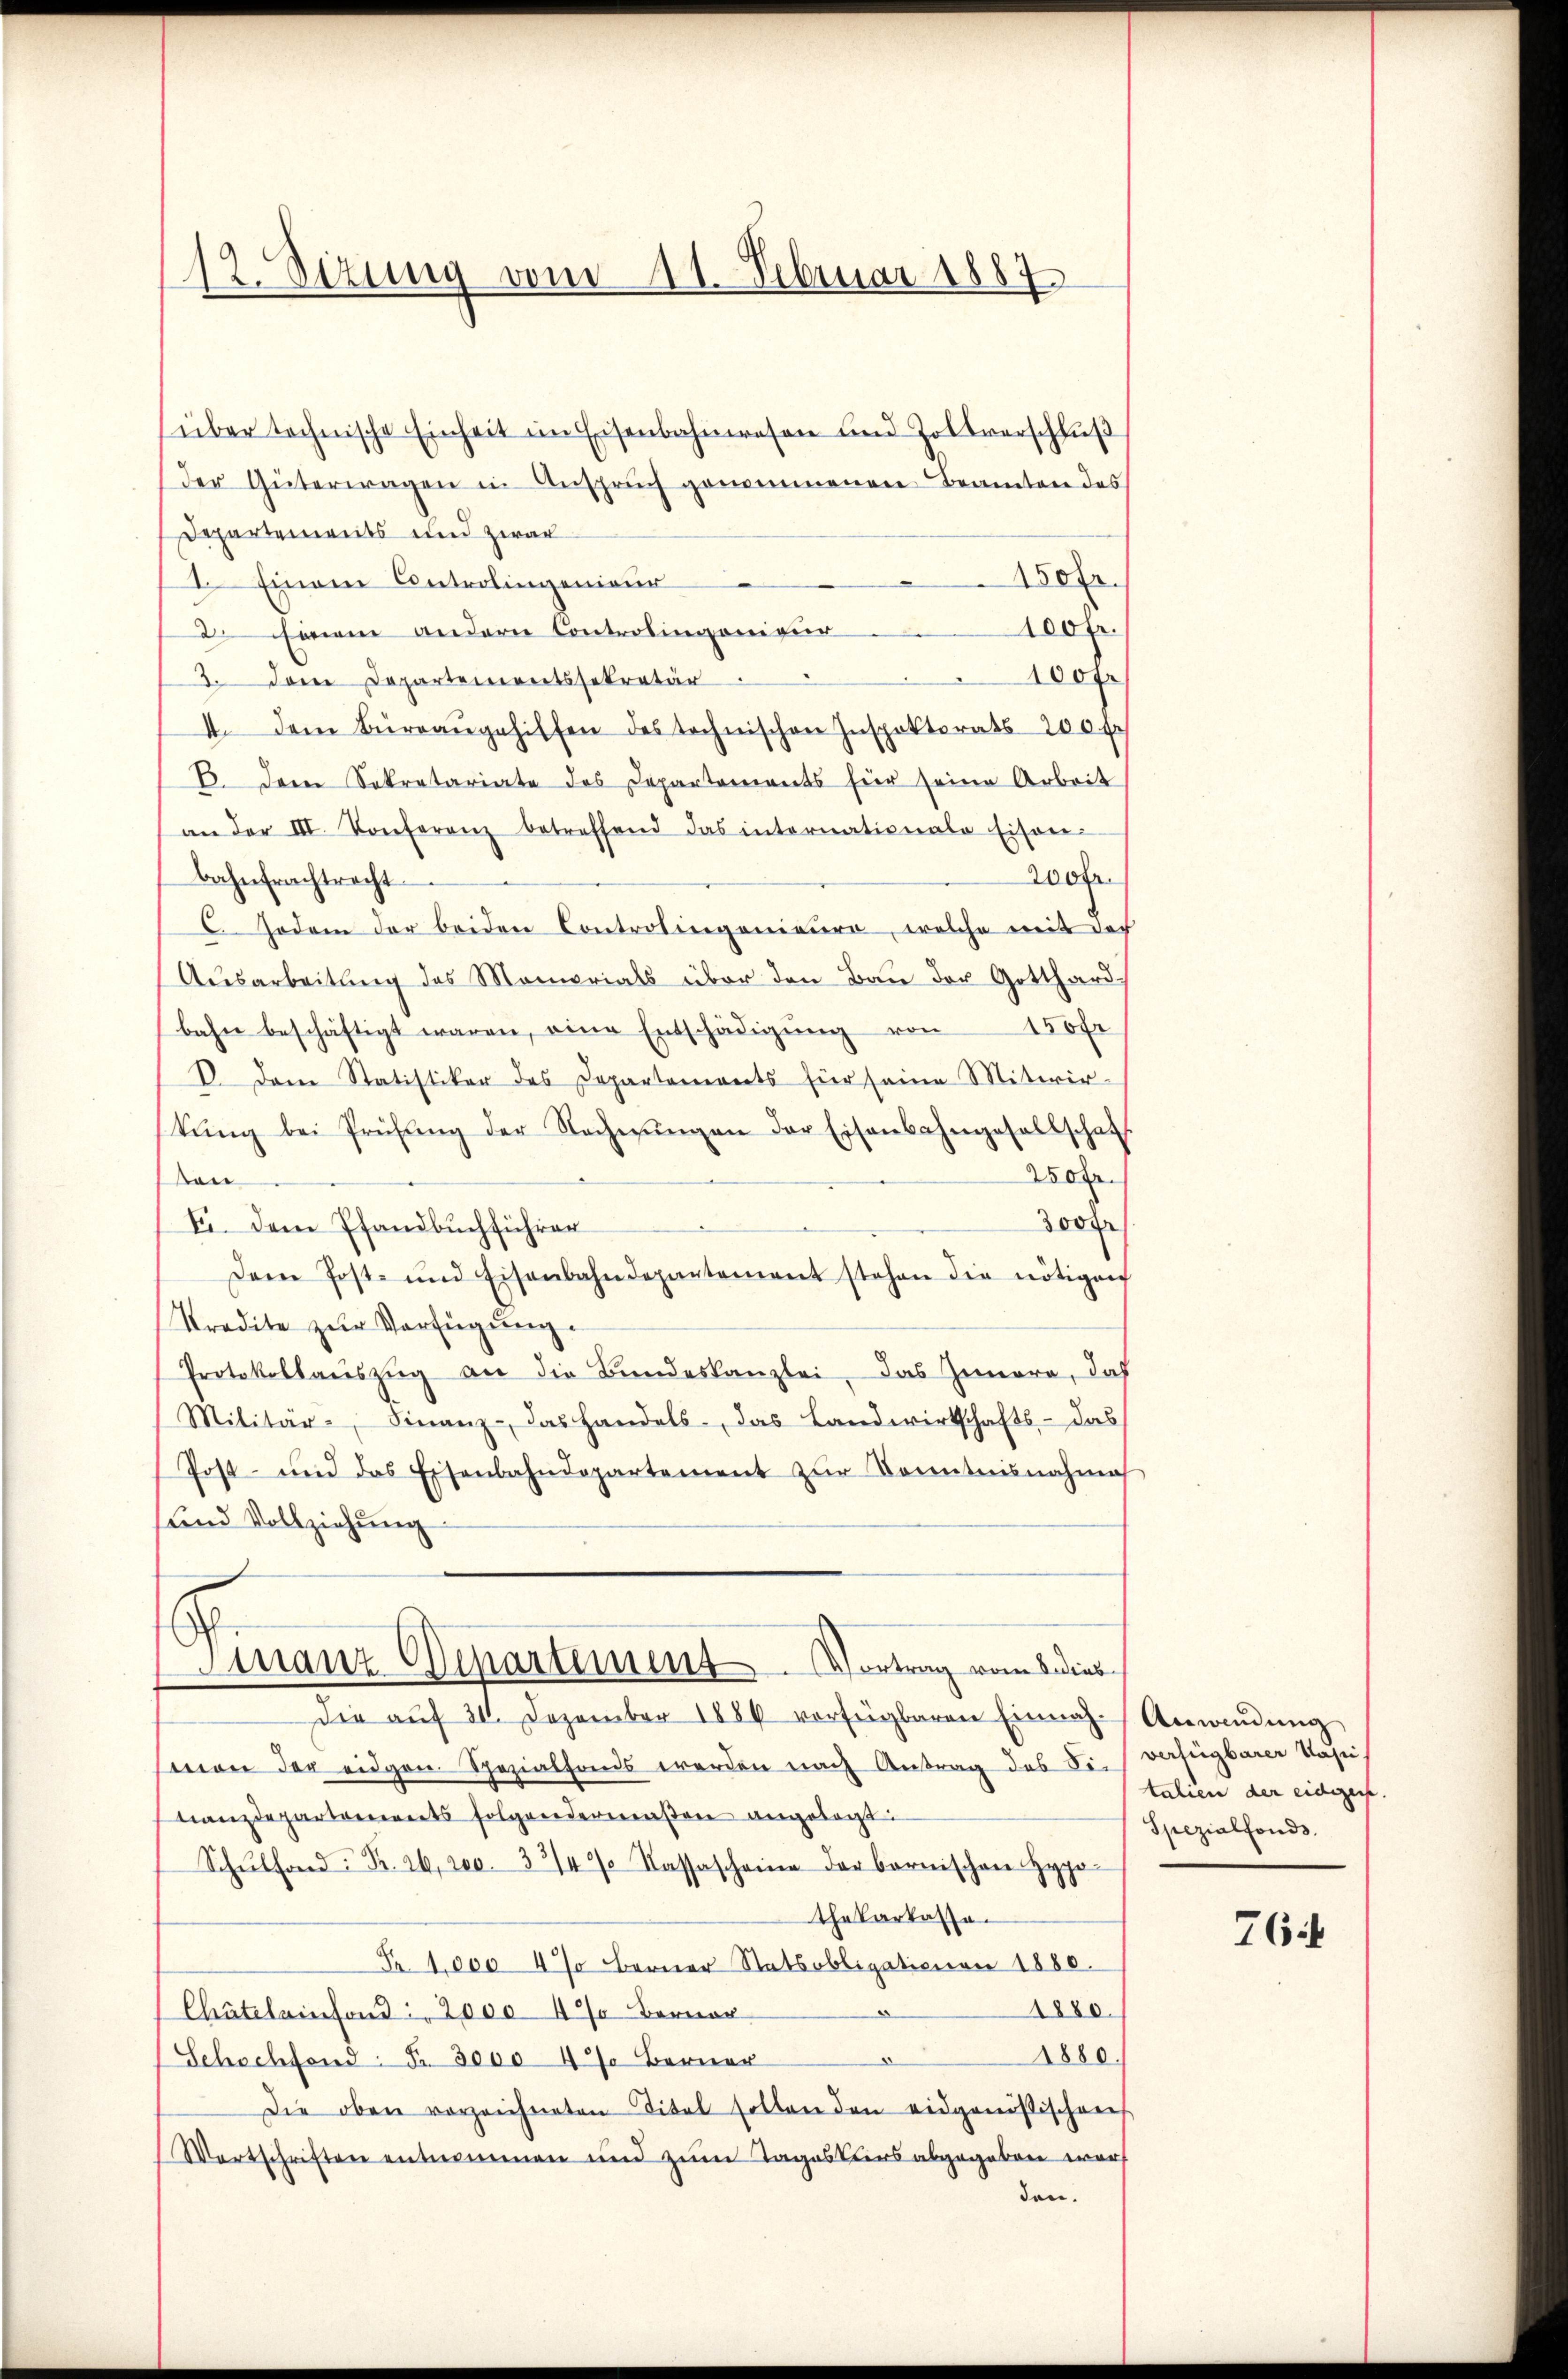
12. Sizung vom 11. Februar 1887

150 f
100 Fr.
100 f.

(über technische Einheit im Eisenbahnwesen und Zollverschluß
Der Güterwagen in Anspruch genommenen Beamten des
Departements und zwar
2. Einem Controlingenieur
inem andern Controlingenieur
3. Dem Departementssekretär
4. dem Büreaŭgehilfen des technischen Inspektorats 200 f.
B. Der Sekretariate des Departements für seine Arbeit
an der III. Konferenz betreffend das internationale Eisen-
200fr.
bahnfrachtracht
6Joden der beiden Controlingenieure, welche mit doch
Ausarbeitung des Memorials über den Bau der Gotthardbahn beschäftigt waren, eine Entschädigŭng von 150 fr
V. Dem Statistiker des Departements für seine Mitwir-
tŭng bei Prüfŭng der Nachnŭngen der Eisenbahngesellschaf
250 fr.
n
300 Fr
F. Dem Pfandbuchführer
Dem Post- und Eisenbahndepartement stehen die nötigen
Tradite zur Verfügung.
Protokollaŭszŭg an die Bundeskanzlei, das Ziera, daß
Militär- Finanz- das Handels- das Landwirtschafts - das
Post- und das Eisenbahndepartement zŭr Sonntnisnahme
und Vollziehung
Finanz-Departement. Vortrag vom 2 dies
Die aŭf 31. Dezember 1886 verfügbaren Einnah-Anwendŭng
(man der eidgen. Spezialfonds werden nach Antrag des Fr. verfügbarer Päsi
nanzdepartements folgendermaßen angesagt:
Schŭlfond: B. 26, 200. 33/4% Kassascheine der bernischen Hypo-
thekarkassa
Fr. 1000 4% Berner Statsobligationen 1880.
1880
Chäteleinsend: 2000 4% Berner
1880.
Schochfond. Fr. 3000 4% Berner
Die oben vorzeichneten Titel sollen den eidgenößischen
Wortschriften entnommen und zum Tagesters abgegeben wart
den.

talien der eidezeise.
Spezialfonds.

76